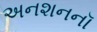
અનશનનૉ